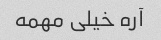
آره خیلی مهمه